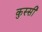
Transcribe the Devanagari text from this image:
कुस्सी